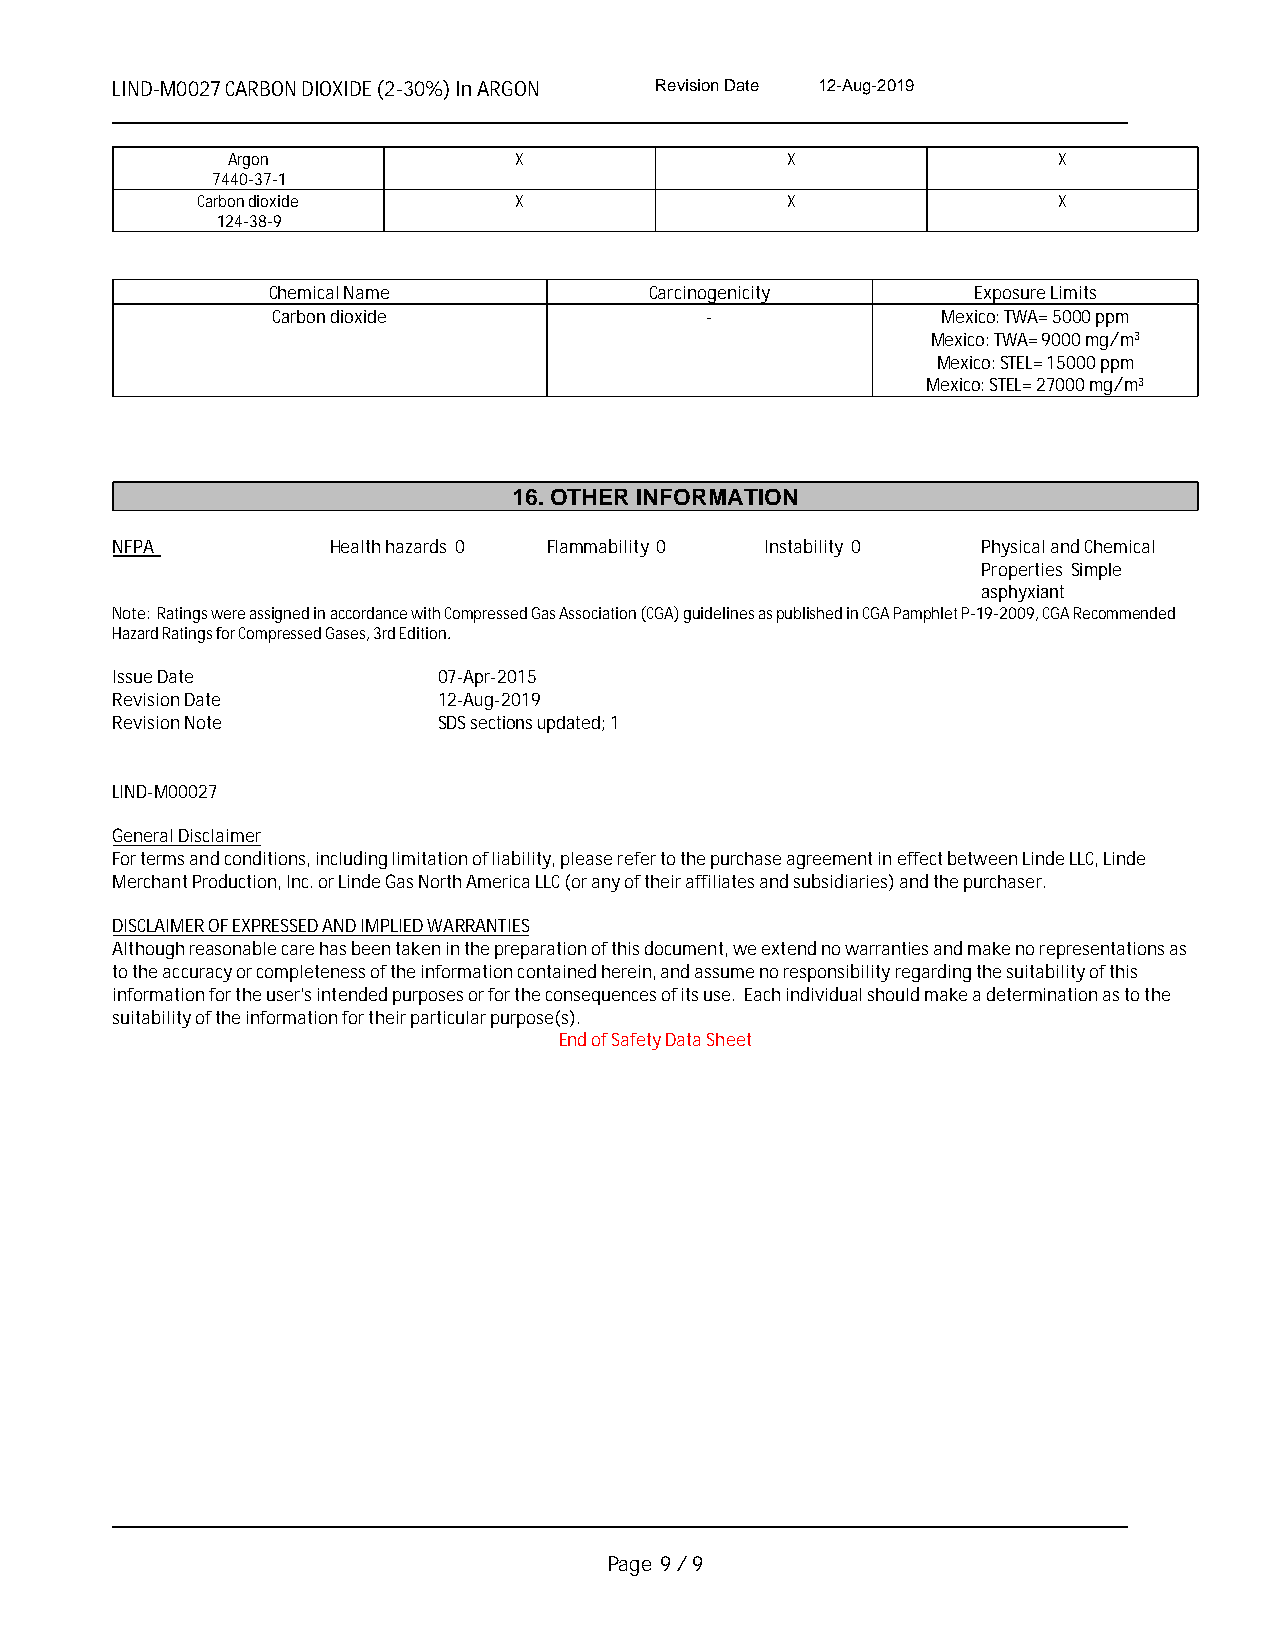
LIND-M0027 CARBON DIOXIDE (2-30%) In ARGON Revision Date 12-Aug-2019
 _____________________________________________________________________________________________
 Argon              X                 X                 X
 7440-37-1
 Carbon dioxide       X                 X                 X
 124-38-9
 Chemical Name            Carcinogenicity       Exposure Limits
 Carbon dioxide               -              Mexico: TWA= 5000 ppm
 Mexico: TWA= 9000 mg/m3
 Mexico: STEL= 15000 ppm
 Mexico: STEL= 27000 mg/m3
 16. OTHER INFORMATION
 NFPA           Health hazards 0 Flammability 0 Instability 0 Physical and Chemical
 Properties Simple
 asphyxiant
 Note: Ratings were assigned in accordance with Compressed Gas Association (CGA) guidelines as published in CGA Pamphlet P-19-2009, CGA Recommended
 Hazard Ratings for Compressed Gases, 3rd Edition.
 Issue Date            07-Apr-2015
 Revision Date         12-Aug-2019
 Revision Note         SDS sections updated; 1
 LIND-M00027
 General Disclaimer
 For terms and conditions, including limitation of liability, please refer to the purchase agreement in effect between Linde LLC, Linde
 Merchant Production, Inc. or Linde Gas North America LLC (or any of their affiliates and subsidiaries) and the purchaser.
 DISCLAIMER OF EXPRESSED AND IMPLIED WARRANTIES
 Although reasonable care has been taken in the preparation of this document, we extend no warranties and make no representations as
 to the accuracy or completeness of the information contained herein, and assume no responsibility regarding the suitability of this
 information for the user's intended purposes or for the consequences of its use. Each individual should make a determination as to the
 suitability of the information for their particular purpose(s).
 End of Safety Data Sheet
 _____________________________________________________________________________________________
 Page 9 / 9